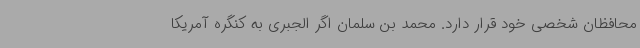
محافظان شخصی خود قرار دارد. محمد بن سلمان اگر الجبری به کنگره آمریکا